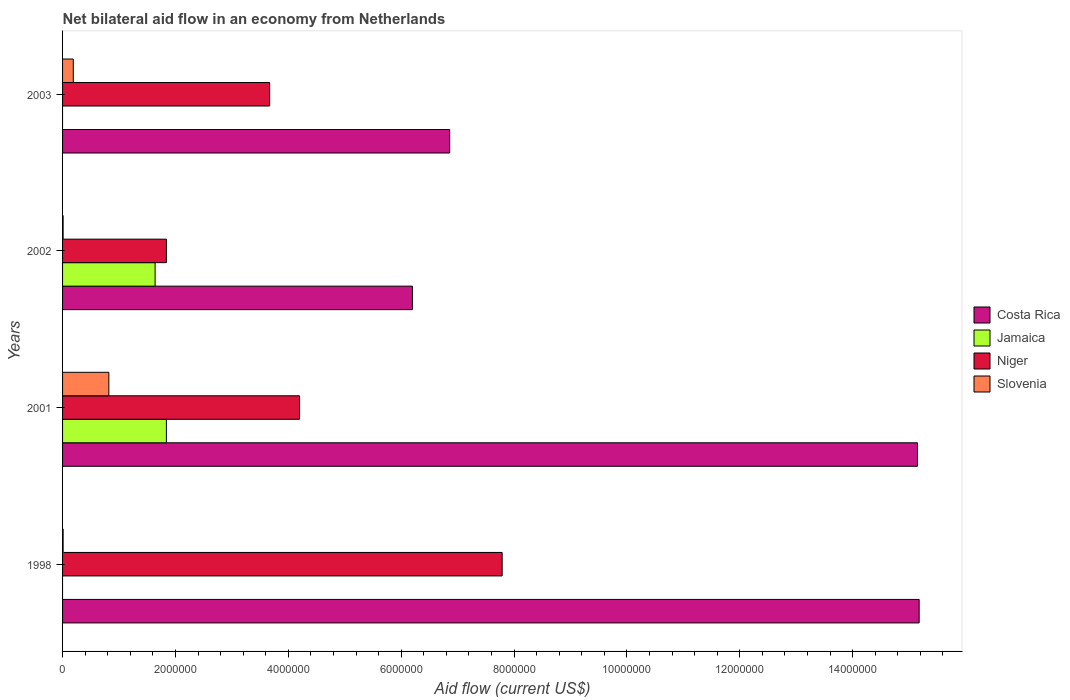
| Years | Costa Rica | Jamaica | Niger | Slovenia |
 | --- | --- | --- | --- | --- |
 | 1998 | 1.52e+07 | -5.3e+05 | 7.79e+06 | 1e+04 |
 | 2001 | 1.52e+07 | 1.84e+06 | 4.2e+06 | 8.2e+05 |
 | 2002 | 6.2e+06 | 1.64e+06 | 1.84e+06 | 1e+04 |
 | 2003 | 6.86e+06 | -2.28e+06 | 3.67e+06 | 1.9e+05 |